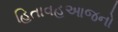
હિતાવહઆજનો